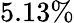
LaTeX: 5.13\%